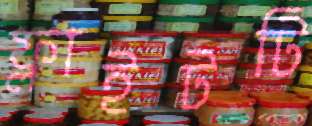
ফ্লাইটটি